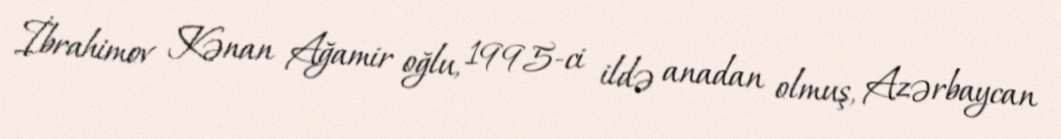
İbrahimov Kənan Ağamir oğlu, 1995-ci ildə anadan olmuş, Azərbaycan